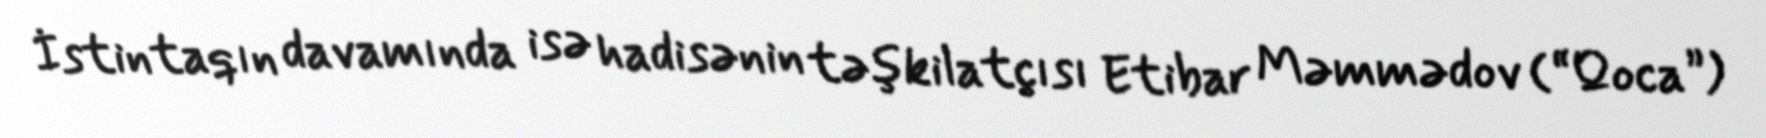
İstintaqın davamında isə hadisənin təşkilatçısı Etibar Məmmədov (“Qoca”)